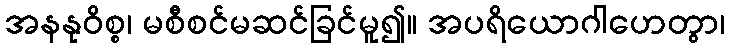
အနနုဝိစ္စ၊ မစီစင်မဆင်ခြင်မူ၍။ အပရိယောဂါဟေတွာ၊